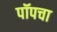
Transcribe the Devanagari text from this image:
पॉपचा